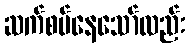
ဆက်စပ်နေသော်လည်း